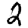
Digit: 2